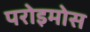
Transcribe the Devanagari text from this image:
परोइमोस